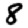
Digit: 8